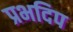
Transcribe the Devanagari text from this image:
प्रभदिप